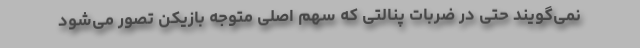
نمی‌گویند حتی در ضربات پنالتی که سهم اصلی متوجه بازیکن تصور می‌شود